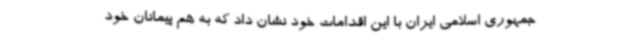
جمهوری اسلامی ایران با این اقدامات خود نشان داد که به هم پیمانان خود